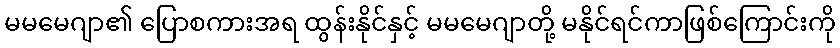
မမမေဂျာ၏ ပြောစကားအရ ထွန်းနိုင်နှင့် မမမေဂျာတို့ မနိုင်ရင်ကာဖြစ်ကြောင်းကို